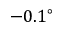
- 0 . 1 ^ { \circ }